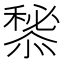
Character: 𢢃